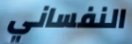
النفساني